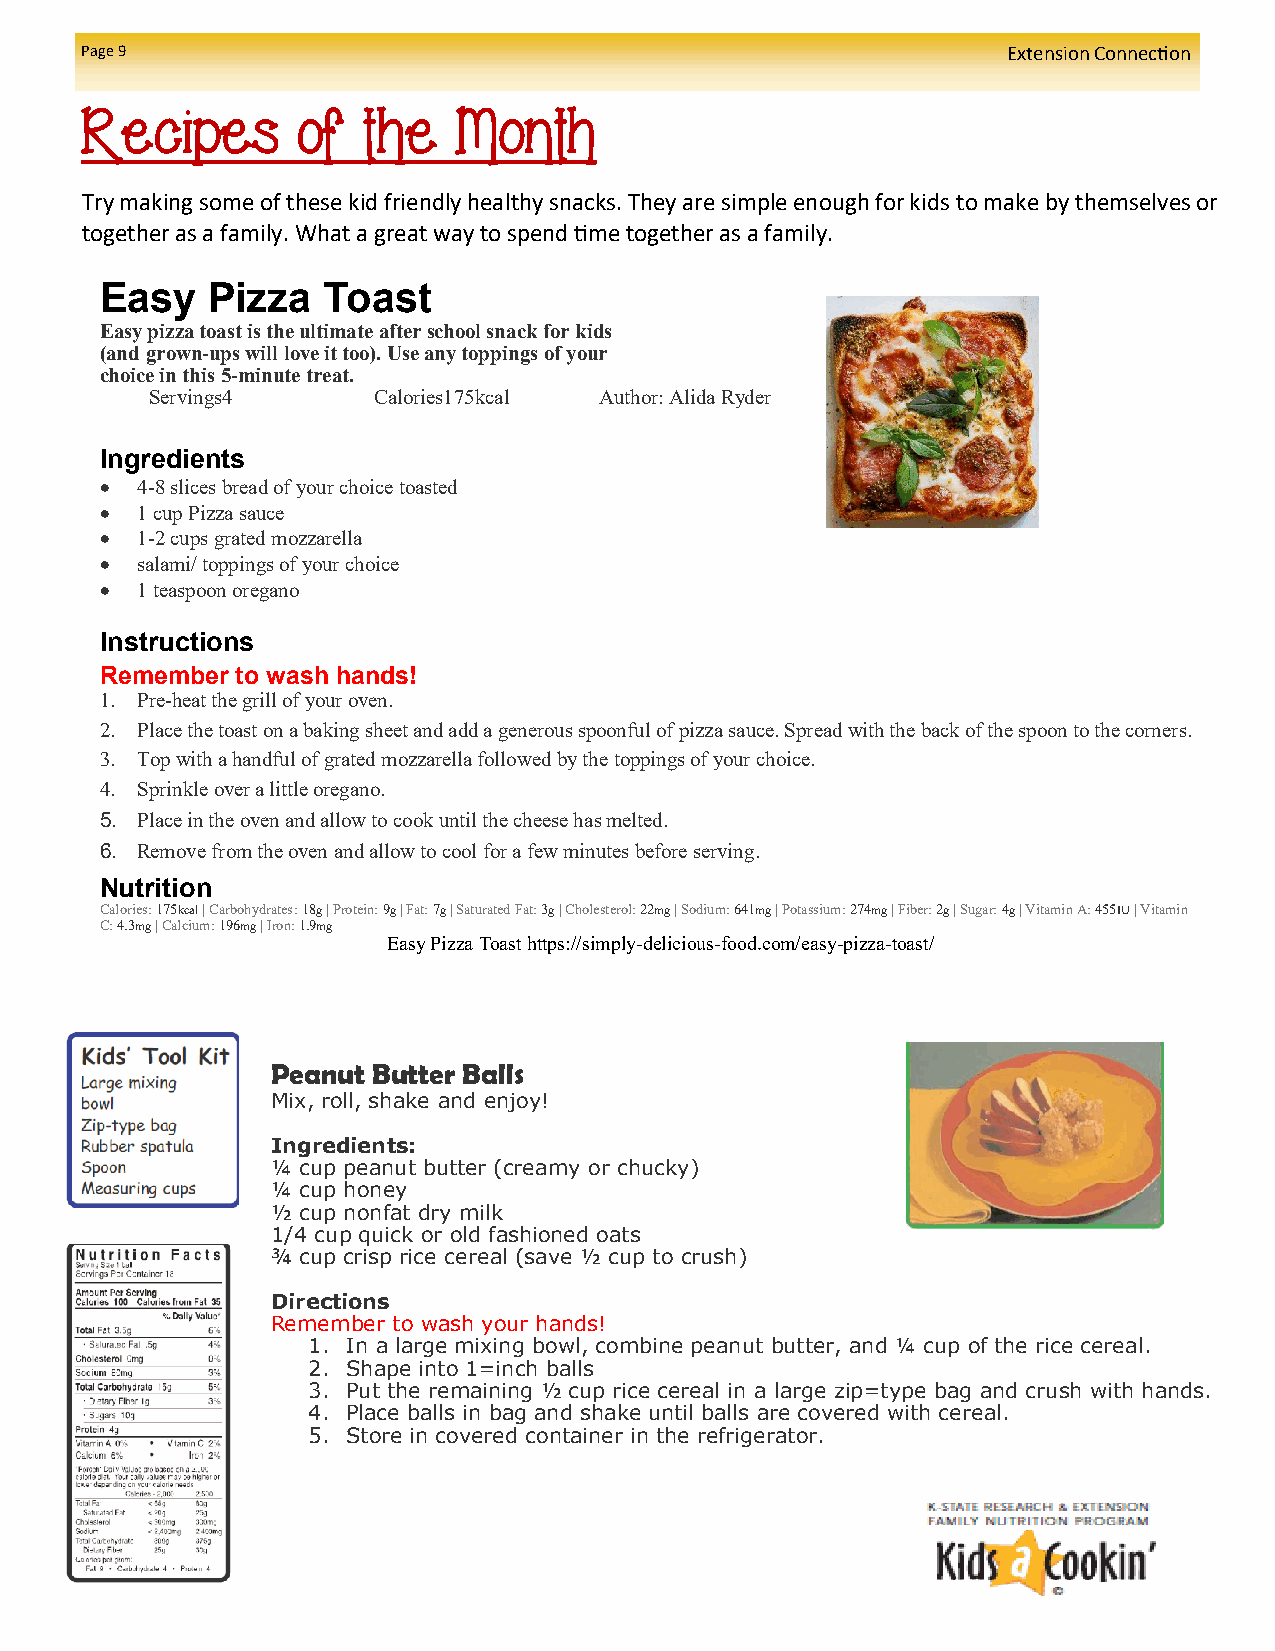
Page 9                                                        Extension Connection
 Recipes        of  the   Month
 Try making some of these kid friendly healthy snacks. They are simple enough for kids to make by themselves or
 together as a family. What a great way to spend time together as a family.
 Easy   Pizza  Toast
 Easy pizza toast is the ultimate after school snack for kids
 (and grown-ups will love it too). Use any toppings of your
 choice in this 5-minute treat.
 Servings4      Calories175kcal Author: Alida Ryder
 Ingredients
  4-8 slices bread of your choice toasted
  1 cup Pizza sauce
  1-2 cups grated mozzarella
  salami/ toppings of your choice
  1 teaspoon oregano
 Instructions
 Remember to wash hands!
 1. Pre-heat the grill of your oven.
 2. Place the toast on a baking sheet and add a generous spoonful of pizza sauce. Spread with the back of the spoon to the corners.
 3. Top with a handful of grated mozzarella followed by the toppings of your choice.
 4. Sprinkle over a little oregano.
 5. Place in the oven and allow to cook until the cheese has melted.
 6. Remove from the oven and allow to cool for a few minutes before serving.
 Nutrition
 Calories: 175kcal | Carbohydrates: 18g | Protein: 9g | Fat: 7g | Saturated Fat: 3g | Cholesterol: 22mg | Sodium: 641mg | Potassium: 274mg | Fiber: 2g | Sugar: 4g | Vitamin A: 455IU | Vitamin
 C: 4.3mg | Calcium: 196mg | Iron: 1.9mg
 Easy Pizza Toast https://simply-delicious-food.com/easy-pizza-toast/
 Peanut Butter Balls
 Mix, roll, shake and enjoy!
 Ingredients:
 ¼ cup peanut butter (creamy or chucky)
 ¼ cup honey
 ½ cup nonfat dry milk
 1/4 cup quick or old fashioned oats
 ¾ cup crisp rice cereal (save ½ cup to crush)
 Directions
 Remember to wash your hands!
 1. In a large mixing bowl, combine peanut butter, and ¼ cup of the rice cereal.
 2. Shape into 1=inch balls
 3. Put the remaining ½ cup rice cereal in a large zip=type bag and crush with hands.
 4. Place balls in bag and shake until balls are covered with cereal.
 5. Store in covered container in the refrigerator.